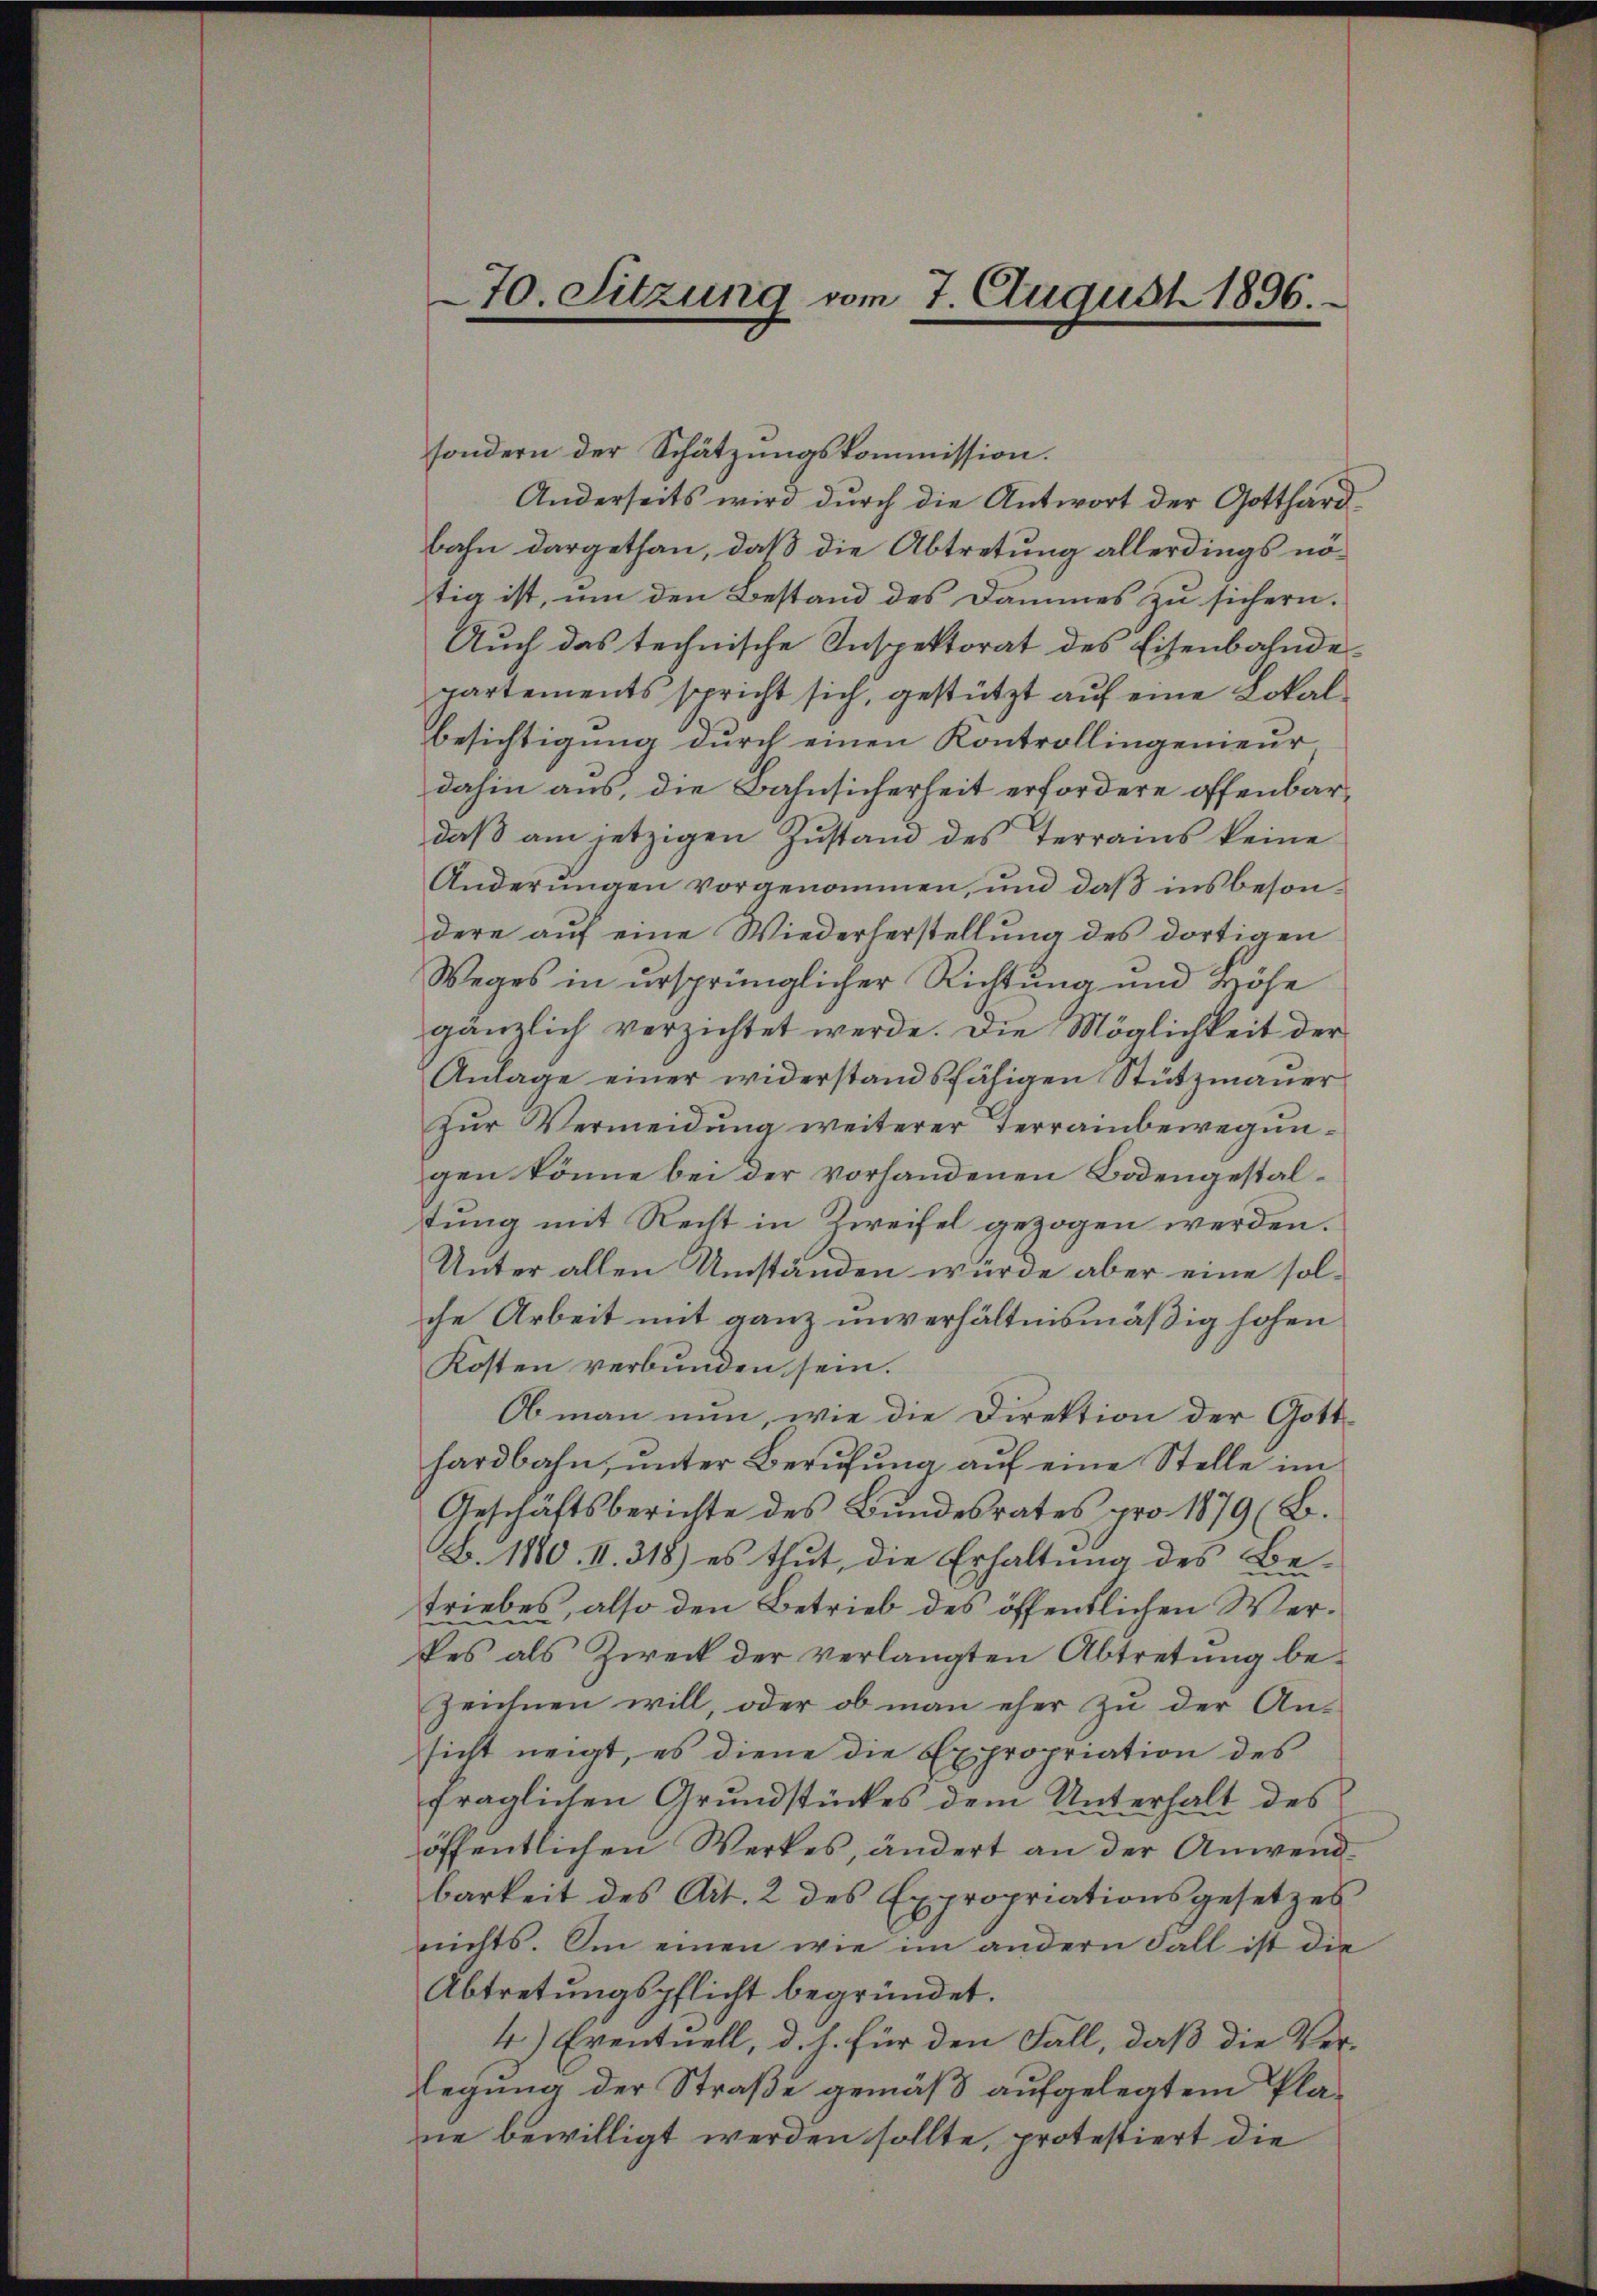
70. Sitzung vom 7. August 1896.

sondern der Schätzungskommission.
Anderseits wird durch die Antwort der Gotthardbahn dargethan, daß die Abtretung allerdings nötig ist, um den Bestand des Dammes zu sichern.
Auch das technische Inspektorat des Eisenbahndepartements spricht sich, gestützt auf eine Lokal¬
Besichtigung durch einen Kontrollingenieur,
dahin aus, die Bahnsicherheit erfordere offenbardaß am jetzigen Zustand des Terrains keine
Änderungen vorgenommen, und daß insbesondere auf eine Wiederherstellung des dortigen
Weges in ursprünglicher Richtung und Höhe
gänzlich verzichtet werde. Die Möglichkeit der
Anlage einer widerstandsfähigen Stützmauer
Zur Vermeidung weiterer Terrainbewegungen könne bei der vorhandenen Bodengestaltung mit Recht in Zweifel gezogen werden.
Unter allen Umständen würde aber eine solche Arbeit mit ganz unverhältnismäßig hohen
Kosten verbunden sein.
Ob man nun, wie die Direktion der Gotthardbahn, ŭnter Berufung aŭf eine Stelle im
Geschäftsberichte des Bundesrates pro 1879 (B.
B. 1880. 1. 318) es thut, die Erhaltung des Be-
triebes, also den Betrieb des öffentlichen Werdes als Zweck der verlangten Abtretung bezeichnen will, oder ob man eher zu der An-
sicht neigt, es diene die Expropriation des
fraglichen Grundstückes dem Unterhalt des
öffentlichen Werkes, ändert an der Anwendbarkeit des Art. 2 des Expropriationsgesetzes
nichts. Am einen wie im andern Fall ist die
Abtretŭngspflicht begründet.
4.) Eventuell, d. h. für den Fall, daß die Verlegung der Straße gemäß aufgelegtem Plane bewilligt werden sollte, protestiert die